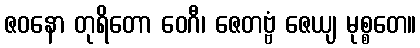
ဇဝနော တုရိတော ဝေဂီ၊ ဇေတဗ္ဗံ ဇေယျ မုစ္စတေ။